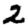
Digit: 2